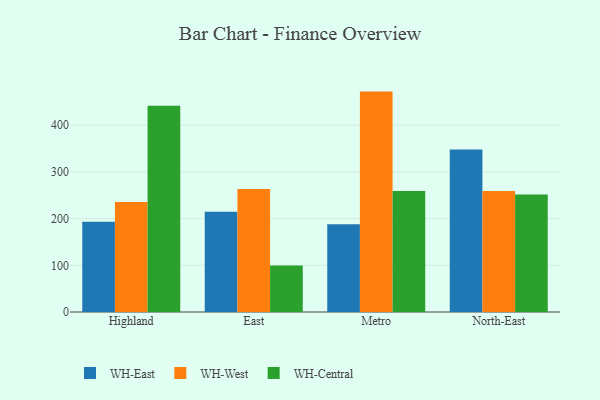
{"axis": {"x": "Region", "y": "Backlog"}, "legend": ["WH-Central", "WH-East", "WH-West"], "data": [{"x": "Highland", "y": 193.5, "type": "WH-East"}, {"x": "Highland", "y": 235.6, "type": "WH-West"}, {"x": "Highland", "y": 441.4, "type": "WH-Central"}, {"x": "East", "y": 214.9, "type": "WH-East"}, {"x": "East", "y": 263.6, "type": "WH-West"}, {"x": "East", "y": 99.3, "type": "WH-Central"}, {"x": "Metro", "y": 187.9, "type": "WH-East"}, {"x": "Metro", "y": 471.9, "type": "WH-West"}, {"x": "Metro", "y": 259.0, "type": "WH-Central"}, {"x": "North-East", "y": 347.8, "type": "WH-East"}, {"x": "North-East", "y": 259.3, "type": "WH-West"}, {"x": "North-East", "y": 251.6, "type": "WH-Central"}]}